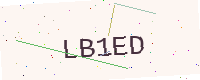
Text: LB1ED